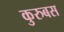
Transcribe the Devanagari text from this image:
कुरुबस